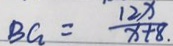
B G = \frac { 1 2 x } { x + 8 \cdot }